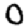
Digit: 0